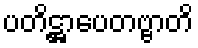
ပတိဋ္ဌာပေတဗ္ဗာတိ